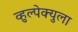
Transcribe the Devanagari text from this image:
व्हुल्पेक्युला